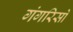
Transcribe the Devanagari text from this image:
गंगरिसों